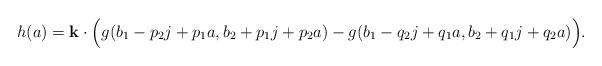
LaTeX: \begin{align*} h(a)=\bold{k}\cdot\Bigl(g(b_{1}-p_{2}j+p_{1}a,b_{2}+p_{1}j+p_{2}a)-g(b_{1}-q_{2}j+q_{1}a,b_{2}+q_{1}j+q_{2}a)\Bigr). \end{align*}